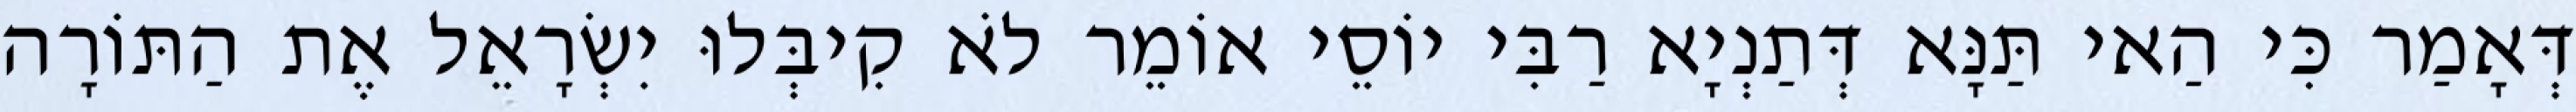
דְּאָמַר כִּי הַאי תַּנָּא דְּתַנְיָא רַבִּי יוֹסֵי אוֹמֵר לֹא קִיבְּלוּ יִשְׂרָאֵל אֶת הַתּוֹרָה